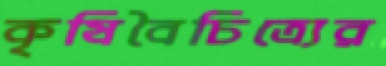
কৃষিবৈচিত্র্যের